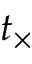
t _ { \times }